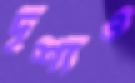
দৃশ্যও